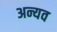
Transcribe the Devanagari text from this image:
अन्यव